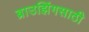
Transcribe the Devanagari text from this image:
ब्राउझिंगसाठी